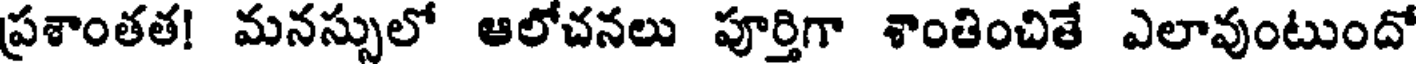
ప్రశాంతత! మనస్సులో ఆలోచనలు పూర్తిగా శాంతించితే ఎలావుంటుందో